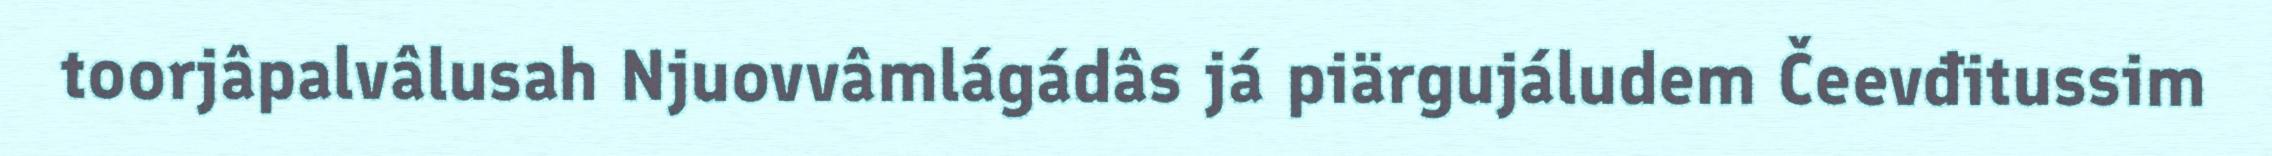
toorjâpalvâlusah Njuovvâmlágádâs já piärgujáludem Čeevđitussim